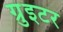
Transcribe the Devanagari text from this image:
ग्रुइटर